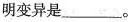
明变异是_______。